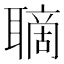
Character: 𦗑